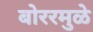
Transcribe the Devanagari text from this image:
बोररमुळे